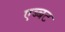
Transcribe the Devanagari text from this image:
एब्बट